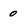
Character: 0